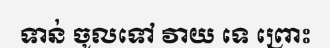
ទាន់ ចូលទៅ វាយ ទេ ព្រោះ